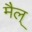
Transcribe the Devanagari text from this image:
मैल्